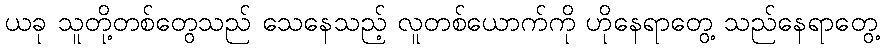
ယခု သူတို့တစ်တွေသည် သေနေသည့် လူတစ်ယောက်ကို ဟိုနေရာတွေ့ သည်နေရာတွေ့